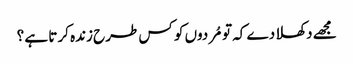
مجھے دکھلا دے کہ تو مُردوں کو کس طرح زندہ کرتا ہے ؟